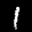
Digit: 1